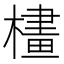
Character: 𣛛